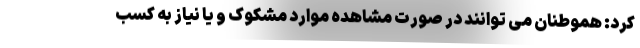
کرد: هموطنان می توانند در صورت مشاهده موارد مشکوک و یا نیاز به کسب